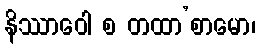
နိဿာဝေါ စ တထာ’စာမော၊